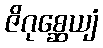
ဇိဂုစ္ဆေယျံ